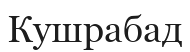
Кушрабад